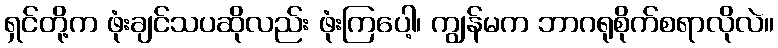
ရှင်တို့က ဖုံးချင်သပဆိုလည်း ဖုံးကြပေါ့၊ ကျွန်မက ဘာဂရုစိုက်စရာလိုလဲ။